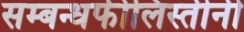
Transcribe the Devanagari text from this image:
सम्बन्धफीलिस्तीनी